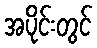
အပိုင်းတွင်